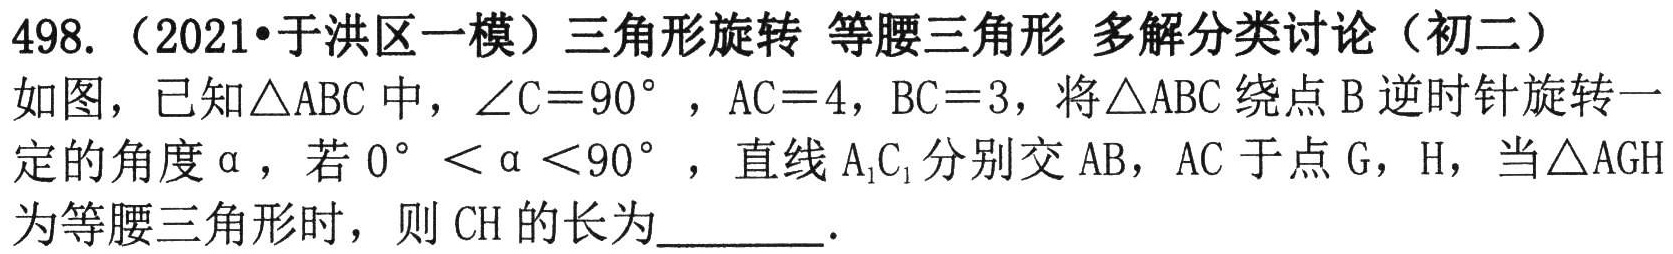
498.（2021•于洪区一模）三角形旋转 等腰三角形 多解分类讨论（初二）
如图，已知\(\triangle ABC\)中，\(\angle C = 90^{\circ}\)，\(AC = 4\)，\(BC = 3\)，将\(\triangle ABC\)绕点\(B\)逆时针旋转一定的角度\(\alpha\)，若\(0^{\circ}<\alpha<90^{\circ}\)，直线\(A_{1}C_{1}\)分别交\(AB\)，\(AC\)于点\(G\)，\(H\)，当\(\triangle AGH\)为等腰三角形时，则\(CH\)的长为  ．